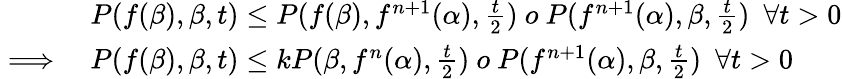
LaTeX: \begin{array}{rl}&{P(f(\beta),\beta,t)\leq P(f(\beta),f^{n+1}(\alpha),\frac{t}{2})~o~P(f^{n+1}(\alpha),\beta,\frac{t}{2})~~\forall t>0}\\ {\implies}&{P(f(\beta),\beta,t)\leq kP(\beta,f^{n}(\alpha),\frac{t}{2})~o~P(f^{n+1}(\alpha),\beta,\frac{t}{2})~~\forall t>0}\end{array}